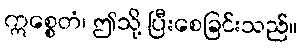
ဣစ္စေတံ၊ ဤသို့ ပြီးစေခြင်းသည်။